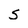
Character: 5